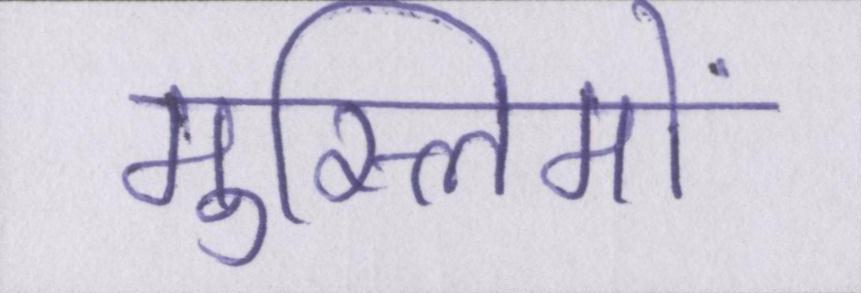
मुस्लिमों